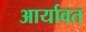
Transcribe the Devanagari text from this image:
आर्यावत